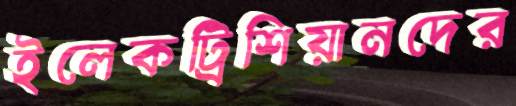
ইলেকট্রিশিয়ানদের